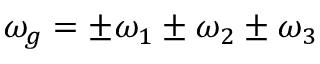
\omega _ { g } = \pm \omega _ { 1 } \pm \omega _ { 2 } \pm \omega _ { 3 }